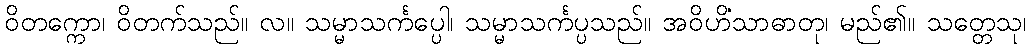
ဝိတက္ကော၊ ဝိတက်သည်။ လ။ သမ္မာသင်္ကပ္ပေါ၊ သမ္မာသင်္ကပ္ပသည်။ အဝိဟိံသာဓာတု၊ မည်၏။ သတ္တေသု၊